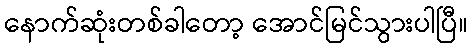
နောက်ဆုံးတစ်ခါတော့ အောင်မြင်သွားပါပြီ။